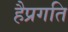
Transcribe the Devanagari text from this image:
हैप्रगति